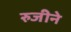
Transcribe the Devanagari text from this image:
रुजीने